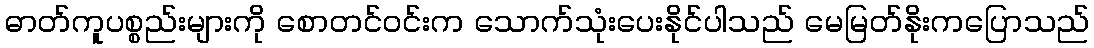
ဓာတ်ကူပစ္စည်းများကို စောတင်ဝင်းက သောက်သုံးပေးနိုင်ပါသည် မေမြတ်နိုးကပြောသည်